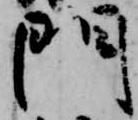
門